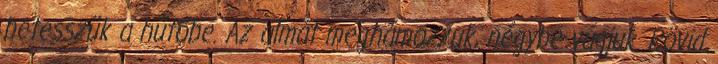
betesszük a hűtőbe. Az almát meghámozzuk, négybe vágjuk. Rövid